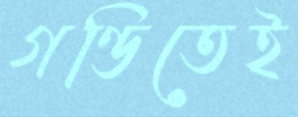
গণ্ডিতেই